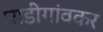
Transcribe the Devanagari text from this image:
घाडीगांवकर